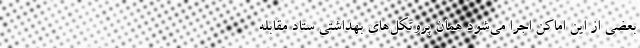
بعضی از این اماکن اجرا می‌شود همان پروتکل‌های بهداشتی ستاد مقابله